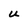
Character: u